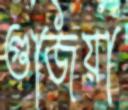
গুজিয়া